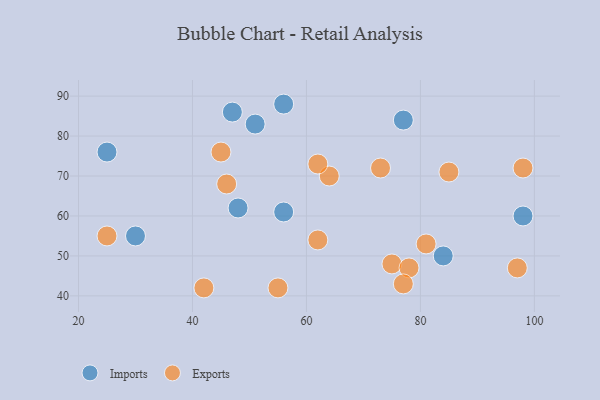
{"axis": {"x": "GDP", "y": "Life Expectancy"}, "legend": ["Exports", "Imports"], "data": [{"x": "56", "y": 61, "type": "Imports"}, {"x": "25", "y": 76, "type": "Imports"}, {"x": "56", "y": 88, "type": "Imports"}, {"x": "77", "y": 84, "type": "Imports"}, {"x": "48", "y": 62, "type": "Imports"}, {"x": "84", "y": 50, "type": "Imports"}, {"x": "30", "y": 55, "type": "Imports"}, {"x": "98", "y": 60, "type": "Imports"}, {"x": "51", "y": 83, "type": "Imports"}, {"x": "47", "y": 86, "type": "Imports"}, {"x": "85", "y": 71, "type": "Exports"}, {"x": "45", "y": 76, "type": "Exports"}, {"x": "75", "y": 48, "type": "Exports"}, {"x": "64", "y": 70, "type": "Exports"}, {"x": "98", "y": 72, "type": "Exports"}, {"x": "62", "y": 73, "type": "Exports"}, {"x": "55", "y": 42, "type": "Exports"}, {"x": "42", "y": 42, "type": "Exports"}, {"x": "62", "y": 54, "type": "Exports"}, {"x": "25", "y": 55, "type": "Exports"}, {"x": "97", "y": 47, "type": "Exports"}, {"x": "46", "y": 68, "type": "Exports"}, {"x": "81", "y": 53, "type": "Exports"}, {"x": "78", "y": 47, "type": "Exports"}, {"x": "73", "y": 72, "type": "Exports"}, {"x": "77", "y": 43, "type": "Exports"}]}